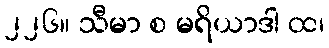
၂၂၆။ သီမာ စ မရိယာဒါ ထ၊